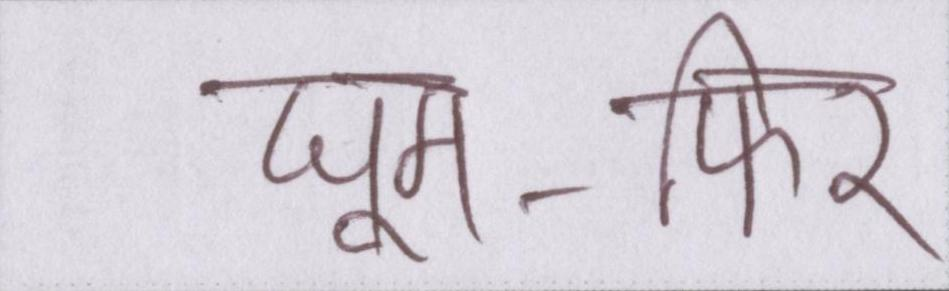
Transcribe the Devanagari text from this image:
घूम-फिर